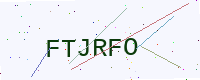
Text: FTJRFO